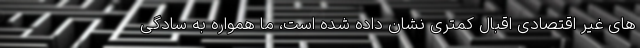
های غیر اقتصادی اقبال کمتری نشان داده شده است، ما همواره به سادگی